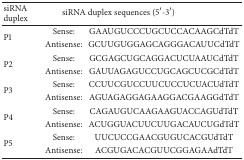
| siRNAduplex | <COLSPAN=2> siRNA duplex sequences (5′-3′) |
 | --- | --- | --- |
 | <ROWSPAN=2> P1 | Sense: | GAAUGUCCCUGCUCCACAAGCdTdT |
 | Antisense: | GCUUGUGGAGCAGGGACAUUCdTdT |
 | <ROWSPAN=2> P2 | Sense: | GCGAGCUGCAGGACUCUAAUCdTdT |
 | Antisense: | GAUUAGAGUCCUGCAGCUCGCdTdT |
 | <ROWSPAN=2> P3 | Sense: | CCUUCGUCCUUCUCCUCUACUdTdT |
 | Antisense: | AGUAGAGGAGAAGGACGAAGGdTdT |
 | <ROWSPAN=2> P4 | Sense: | CAGAUGUCAAGAAGUACCAGUdTdT |
 | Antisense: | ACUGGUACUUCUUGACAUCUGdTdT |
 | <ROWSPAN=2> P5 | Sense: | UUCUCCGAACGUGUCACGUdTdT |
 | Antisense: | ACGUGACACGUUCGGAGAAdTdT |